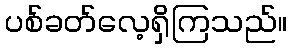
ပစ်ခတ်လေ့ရှိကြသည်။